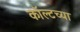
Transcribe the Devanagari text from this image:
कॉल्टच्या